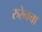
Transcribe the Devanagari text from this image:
रुरेनचा